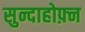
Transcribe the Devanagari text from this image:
सुन्दाहोफ़्न